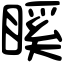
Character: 𥉐